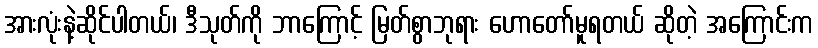
အားလုံးနဲ့ဆိုင်ပါတယ်၊ ဒီသုတ်ကို ဘာကြောင့် မြတ်စွာဘုရား ဟောတော်မူရတယ် ဆိုတဲ့ အကြောင်းက